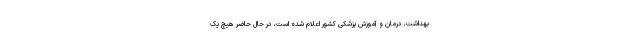
بهداشت، درمان و آموزش پزشکی کشور اعلام شده است، در حال حاضر هیچ یک